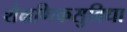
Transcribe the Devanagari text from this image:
शैक्षणिकसुविधा